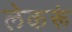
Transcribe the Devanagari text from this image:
लेकरूं